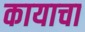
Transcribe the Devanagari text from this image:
कायाचा